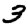
Digit: 3